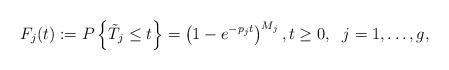
LaTeX: \begin{align*}F_j(t) := P\left\{\tilde{T}_j \leq t\right\} = \left(1 - e^{-p_j t}\right)^{M_j},t \geq 0,\ \; j = 1, \dots, g,\end{align*}